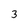
Character: 3